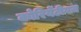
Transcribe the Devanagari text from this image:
कोरियेंटीयज़